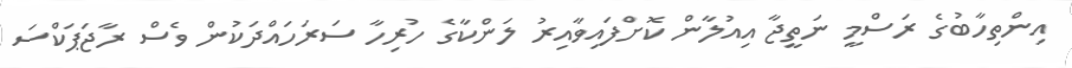
އިންތިހާބުގެ ރަސްމީ ނަތީޖާ އިއުލާން ކޮށްފައިވާއިރު ލަންކާގެ ހުރިހާ ސަރަހައްދަކުން ވެސް ރާޖަޕަކްސަ